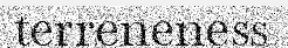
terreneness